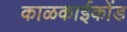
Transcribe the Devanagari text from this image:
काळकाईकोंड